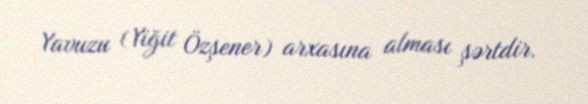
Yavuzu (Yiğit Özşener) arxasına alması şərtdir.